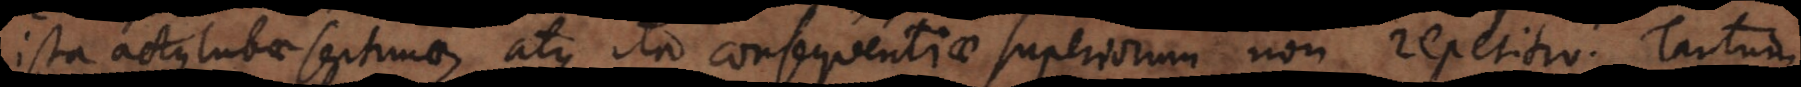
ista actus tubae septimae, atque ita consequentiae superiorum non repetitio. Tantum